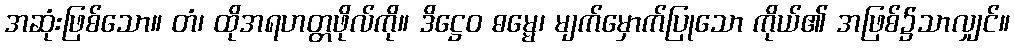
အဆုံးဖြစ်သော။ တံ၊ ထိုအရဟတ္တဖိုလ်ကို။ ဒိဋ္ဌေဝ ဓမ္မေ၊ မျက်မှောက်ပြုသော ကိုယ်၏ အဖြစ်၌သာလျှင်။